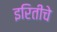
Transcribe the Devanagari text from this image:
इरितीचे